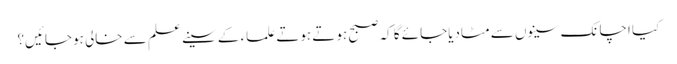
کیا اچانک سینوں سے مٹادیاجائے گا کہ صبح ہوتے ہوتے علماء کے سینے علم سے خالی ہوجائیں؟